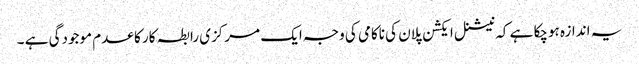
یہ اندازہ ہوچکا ہے کہ نیشنل ایکشن پلان کی ناکامی کی وجہ ایک مرکزی رابطہ کار کا عدم موجودگی ہے ۔